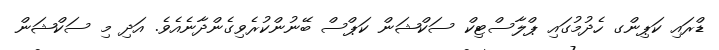
ޑްރައި ކަޕިންގ ހެދުމުގައި ޕްލާސްޓިކް ސަކްޝަން ކަޕްސް ބޭނުންކުރެވިގެންދާނެއެވެ. އަދި މި ސަކްޝަން